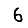
Digit: 6